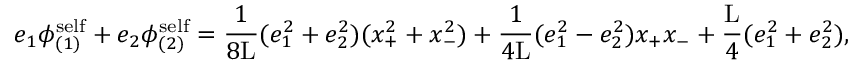
e _ { 1 } { \phi } _ { ( 1 ) } ^ { \mathrm { s e l f } } + e _ { 2 } { \phi } _ { ( 2 ) } ^ { \mathrm { s e l f } } = \frac { 1 } { 8 \mathrm { L } } ( e _ { 1 } ^ { 2 } + e _ { 2 } ^ { 2 } ) ( x _ { + } ^ { 2 } + x _ { - } ^ { 2 } ) + \frac { 1 } { 4 \mathrm { L } } ( e _ { 1 } ^ { 2 } - e _ { 2 } ^ { 2 } ) x _ { + } x _ { - } + \frac { \mathrm { L } } { 4 } ( e _ { 1 } ^ { 2 } + e _ { 2 } ^ { 2 } ) ,